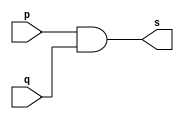
// -------------------------
// Exemplo0003 - AND
// Nome: Gabriel Carlos Damasceno Arriel
// -------------------------
// -------------------------
// -- and gate
// -------------------------
module andgate ( output s, 
                           input  p, 
                           input  q);
assign s = p & q;
endmodule // andgate
// ---------------------
// -- test and gate
// ---------------------
module testandgate;
// ------------------------- dados locais
   reg   a, b; // definir registradores
wire  s;    // definir conexao (fio)
// ------------------------- instancia
   andgate AND1 (s, a, b);
// ------------------------- preparacao
   initial begin:start
                   // atribuicao simultanea
// dos valores iniciais
      a=0; b=0;
   end// ------------------------- parte principal
   initial begin
         $display("Exemplo0003 - Gabriel Carlos Damasceno Arriel - 451557");
         $display("Test AND gate");
         $display("\na & b = s\n");
           a=0; b=0;
  #1   $display("%b & %b = %b", a, b, s);
           a=0; b=1;
  #1  $display("%b & %b = %b", a, b, s);
           a=1; b=0;
  #1   $display("%b & %b = %b", a, b, s);
           a=1; b=1;
  #1   $display("%b & %b = %b", a, b, s);
  end
endmodule // testandgate